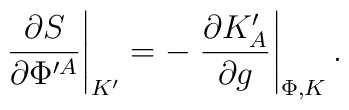
\left. {\partial S\over \partial \Phi^{\prime A}}\right|_{K^\prime}=-\left. {\partial K^\prime_A\over \partial  g }\right|_{\Phi,K}.